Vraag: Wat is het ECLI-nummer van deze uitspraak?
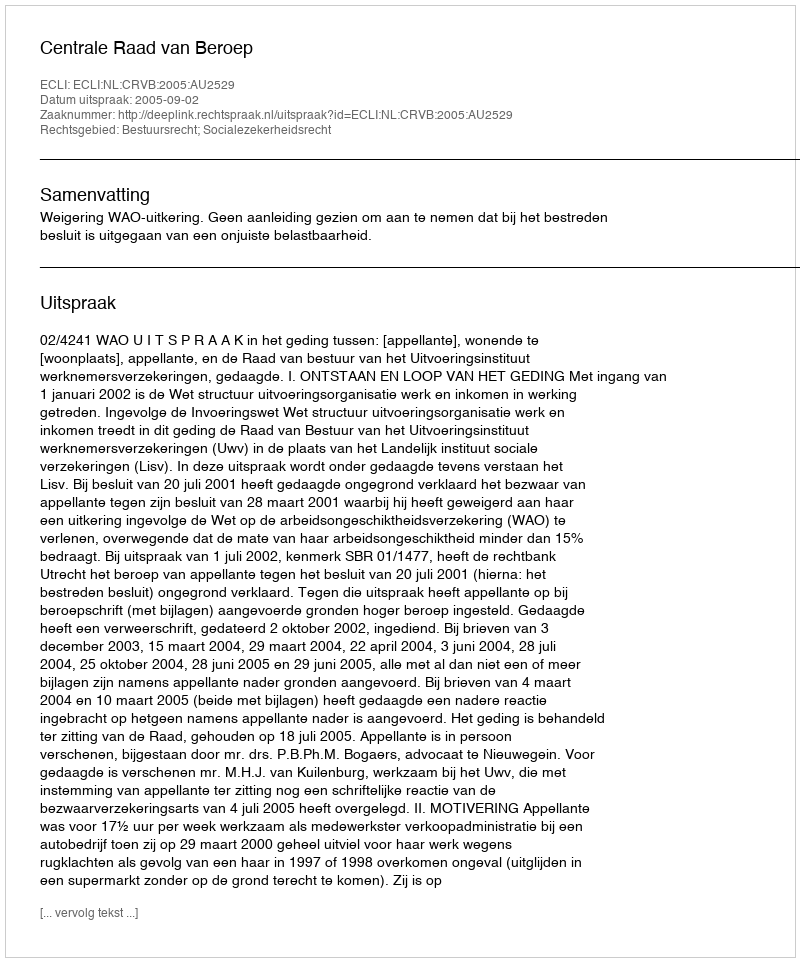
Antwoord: ECLI:NL:CRVB:2005:AU2529